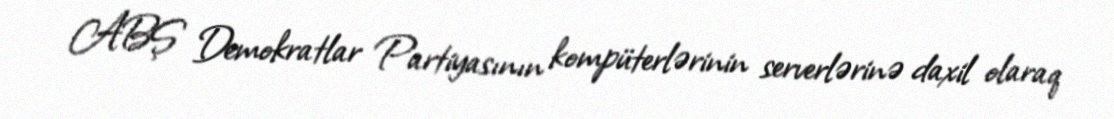
ABŞ Demokratlar Partiyasının kompüterlərinin serverlərinə daxil olaraq